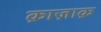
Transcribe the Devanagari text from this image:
क़ाज़ाक़